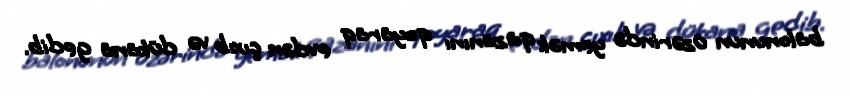
balonunun üzərində yemək qazanını qoyaraq evdən çıxıb və dükana gedib.